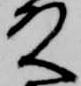
殿